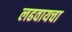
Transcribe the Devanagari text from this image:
लढवायचा